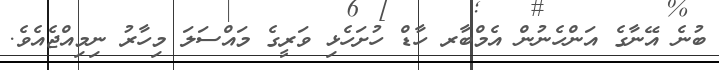
ބުނެ އޭނާގެ އަންހެނުން އެމްބާރ ހާޑް ހުށަހެޅި ވަރީގެ މައްސަލަ މިހާރު ނިމިއްޖެއެވެ.